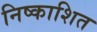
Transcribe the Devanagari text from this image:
निष्काशित